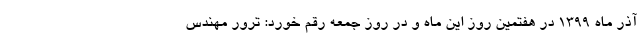
آذر ماه 1399 در هفتمین روز این ماه و در روز جمعه رقم خورد: ترور مهندس